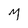
Character: M